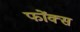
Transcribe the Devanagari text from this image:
फोंक्स